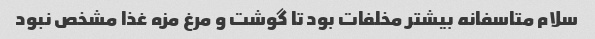
سلام متاسفانه بیشتر مخلفات بود تا گوشت و مرغ مزه غذا مشخص نبود